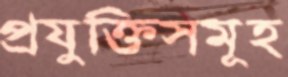
প্রযুক্তিসমূহ